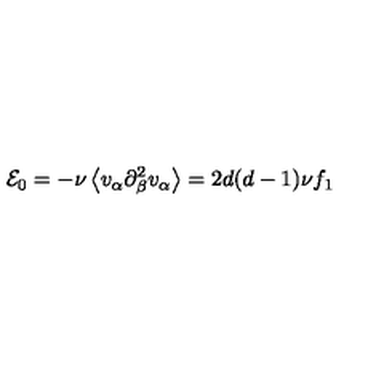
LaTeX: { \cal E } _ { 0 } = - \nu \left\langle v _ { \alpha } \partial _ { \beta } ^ { 2 } v _ { \alpha } \right\rangle = 2 d ( d - 1 ) \nu f _ { 1 }